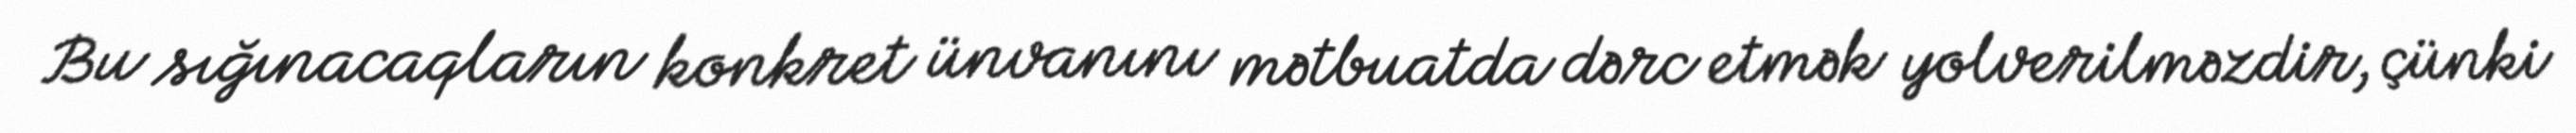
Bu sığınacaqların konkret ünvanını mətbuatda dərc etmək yolverilməzdir, çünki